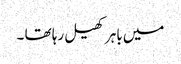
میں باہر کھیل رہا تھا ۔